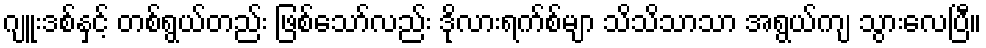
ဂျူးဒစ်နှင့် တစ်ရွယ်တည်း ဖြစ်သော်လည်း ဒိုလားရက်စ်မျာ သိသိသာသာ အရွယ်ကျ သွားလေပြီ။